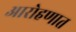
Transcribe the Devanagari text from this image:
आरोहणात